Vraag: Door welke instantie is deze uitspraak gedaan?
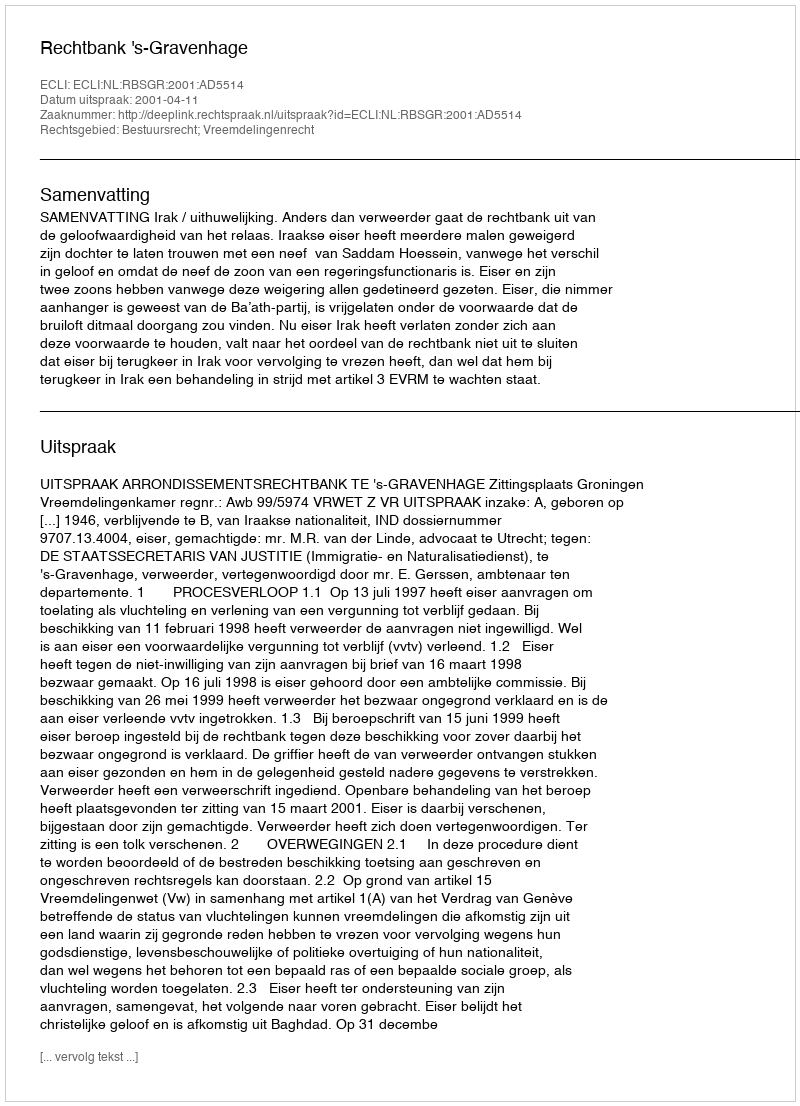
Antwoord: Rechtbank 's-Gravenhage